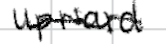
Text: upward
Cross-out: wave
Writing tool: digital_black